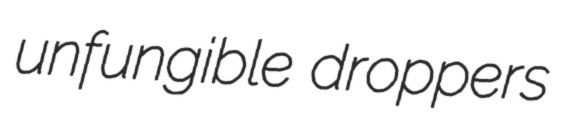
unfungible droppers